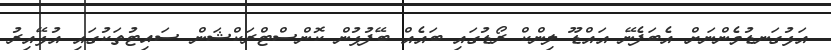
އަޅުގަނޑުމެންނަށް އެބަފެނޭ އައްޑޫ ލިންކް ރޯޑުގައި ބައެއް ބޭފުޅުން ކޮންސްޓްރަކްޝަން ސައިޓުތަކުގައި އުޅޭއިރު